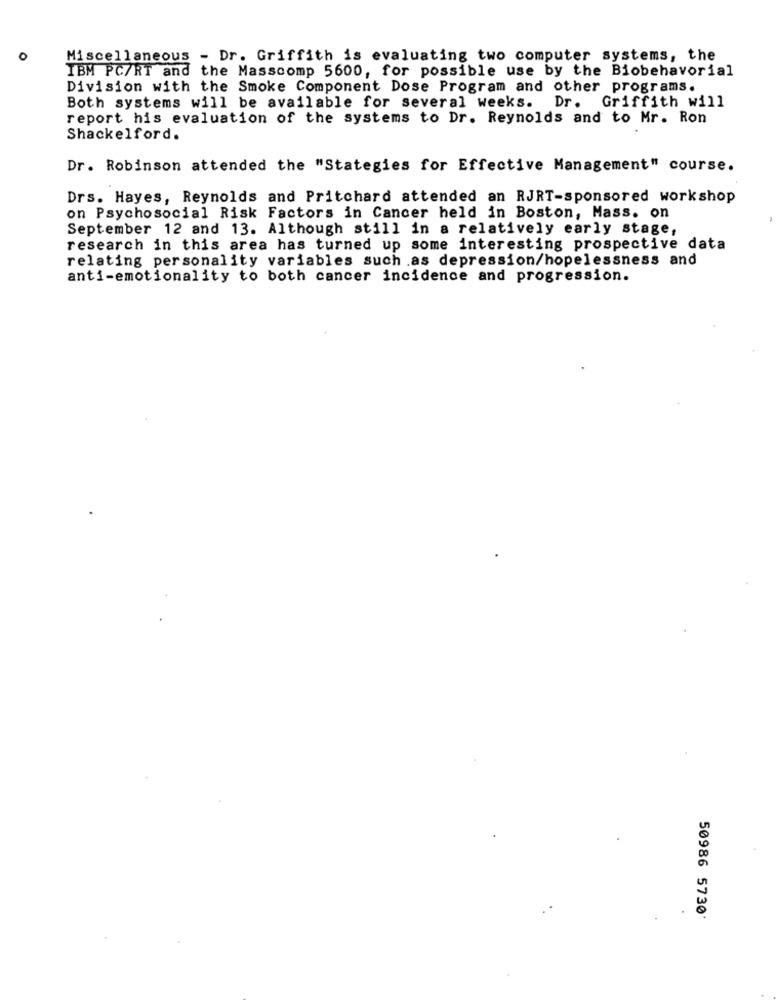
O
Miscellaneous - Dr. Griffith is evaluating two computer systems, the
IBM PC/RT and the Masscomp 5600, for possible use by the Biobehavorial
Division with the Smoke Component Dose Program and other programs.
Both systems will be available for several weeks. Dr. Griffith will
report his evaluation of the systems to Dr. Reynolds and to Mr. Ron
Shackelford.
Dr. Robinson attended the "Stategies for Effective Management" course.
Drs. Hayes, Reynolds and Pritchard attended an RJRT-sponsored workshop
on Psychosocial Risk Factors in Cancer held in Boston, Mass. on
September 12 and 13. Although still in a relatively early stage,
research in this area has turned up some interesting prospective data
relating personality variables such as depression/hopelessness and
anti-emotionality to both cancer incidence and progression.
50986 5730'